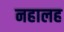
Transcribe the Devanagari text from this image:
नहालह